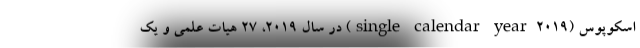
اسکوپوس (single calendar year 2019) در سال ۲۰۱۹، ۲۷ هیات علمی و یک